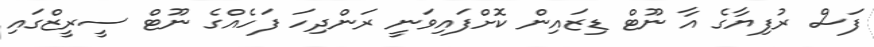
ފަސް ރުފިޔާގެ އާ ނޫޓް ޑިޒައިން ކޮށްފައިވަނީ ރަންދިހަ ފަހެއްގެ ނޫޓް ސީރީޒްގައި